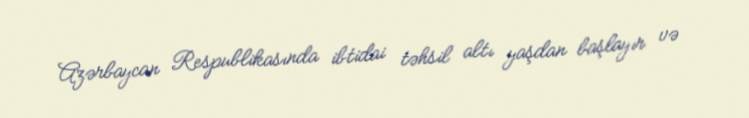
Azərbaycan Respublikasında ibtidai təhsil altı yaşdan başlayır və